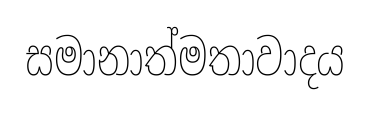
සමානාත්මතාවාදය